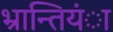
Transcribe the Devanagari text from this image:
भ्रान्तियंा